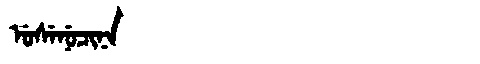
Manchu: ᡠᠰᡝᠨᡠᠴᡳᠨᠠ
Romanization: USENUCINA